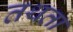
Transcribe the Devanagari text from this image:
तथता